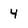
Character: 4